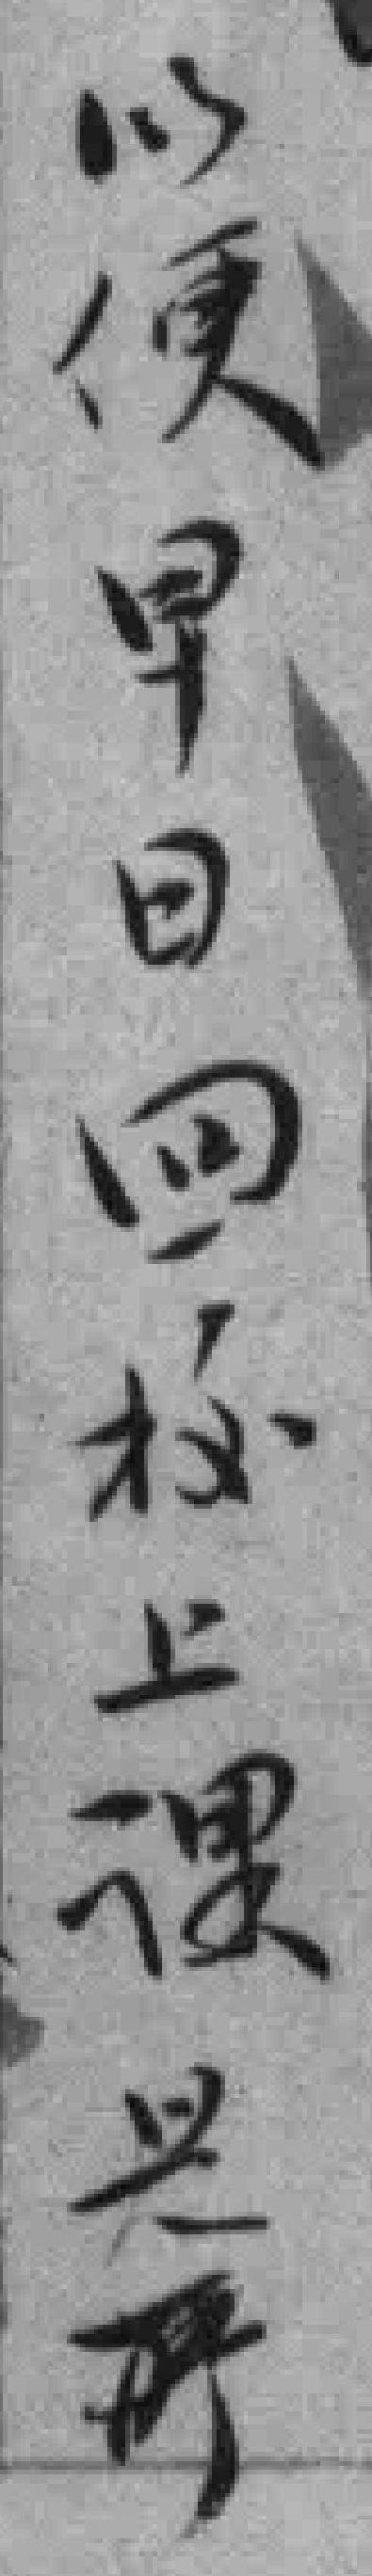
以便早日回校上课是*